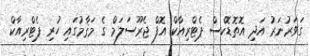
ގަވަރުނަރު އަދި އޮތޮޑޮކްސް ޕެޓްރިއާކް އޮފް ޖެރޫސަލަމް ގެ މަޤާމުގައި ހުރި ޕެޓްރިއާކް